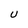
Character: U